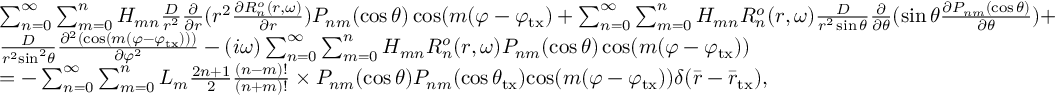
\begin{array} { l } { \sum _ { n = 0 } ^ { \infty } \sum _ { m = 0 } ^ { n } H _ { m n } \frac { D } { { { r ^ { 2 } } } } \frac { \partial } { { \partial r } } ( { r ^ { 2 } } \frac { { \partial R _ { n } ^ { o } ( r , \omega ) } } { { \partial r } } ) P _ { n m } ( \cos \theta ) \cos ( m ( \varphi - \varphi _ { \mathrm { t x } } ) + \sum _ { n = 0 } ^ { \infty } \sum _ { m = 0 } ^ { n } H _ { m n } R _ { n } ^ { o } ( r , \omega ) \frac { D } { { { r ^ { 2 } } \sin \theta } } \frac { \partial } { { \partial \theta } } ( \sin \theta \frac { { \partial P _ { n m } ( \cos \theta ) } } { { \partial \theta } } ) + } \\ { \frac { D } { { { r ^ { 2 } } { { \sin } ^ { 2 } } \theta } } \frac { { { \partial ^ { 2 } } ( \cos ( m ( \varphi - \varphi _ { \mathrm { t x } } ) ) ) } } { { \partial { \varphi ^ { 2 } } } } - ( { i \omega } ) \sum _ { n = 0 } ^ { \infty } \sum _ { m = 0 } ^ { n } H _ { m n } R _ { n } ^ { o } ( r , \omega ) P _ { n m } ( \cos \theta ) \cos ( m ( \varphi - \varphi _ { \mathrm { t x } } ) ) } \\ { = - \sum _ { n = 0 } ^ { \infty } \sum _ { m = 0 } ^ { n } L _ { m } \frac { { 2 n + 1 } } { 2 } \frac { { ( n - m ) ! } } { { ( n + m ) ! } } \times { P _ { n m } ( \cos \theta ) P _ { n m } ( \cos { \theta _ { \mathrm { t x } } } ) } { \cos ( m ( \varphi - \varphi _ { \mathrm { t x } } ) ) } \delta ( \bar { r } - \bar { r } _ { \mathrm { t x } } ) , } \end{array}